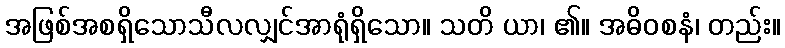
အဖြစ်အစရှိသောသီလလျှင်အာရုံရှိသော။ သတိ ယာ၊ ၏။ အဓိဝစနံ၊ တည်း။